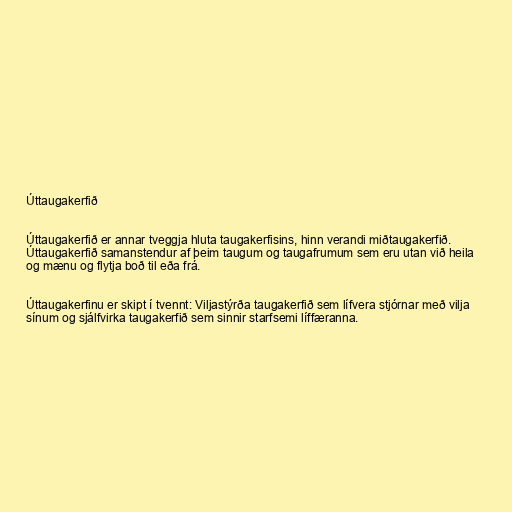
Úttaugakerfið

Úttaugakerfið er annar tveggja hluta taugakerfisins, hinn verandi miðtaugakerfið.
Úttaugakerfið samanstendur af þeim taugum og taugafrumum sem eru utan við heila
og mænu og flytja boð til eða frá.

Úttaugakerfinu er skipt í tvennt: Viljastýrða taugakerfið sem lífvera stjórnar með vilja
sínum og sjálfvirka taugakerfið sem sinnir starfsemi líffæranna.